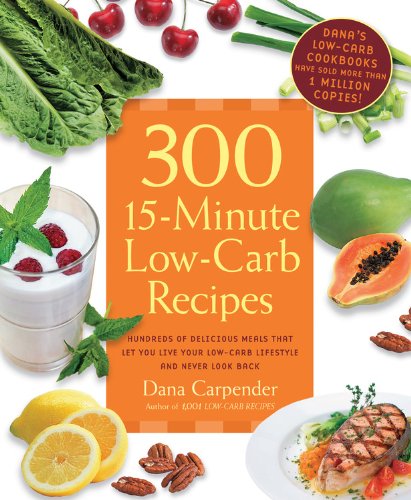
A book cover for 300 15-Minute Low-Carb Recipes: Hundreds of Delicious Meals That Let You Live Your Low-Carb Lifestyle and Never Look Back; Dana Carpender; Cookbooks, Food & Wine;